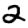
Digit: 2